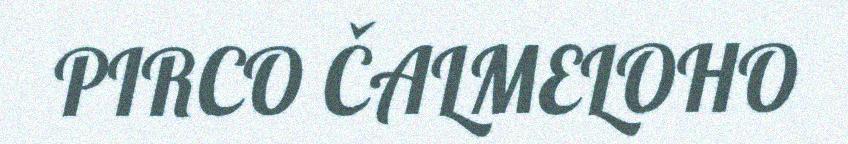
PIRCO ČALMELOHO